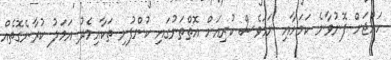
ހައްޖަށް ފޮނުވާނެ ކަމަށާއި ނަމަވެސް ކުރިއަށް އޮތްތަނުގައި ކުންފުނި ތަކާއިމެދު އަމަލު ކުރާނެގޮތެއް